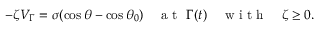
\begin{array} { r } { - \zeta V _ { \Gamma } = \sigma ( \cos \theta - \cos \theta _ { 0 } ) \quad \mathrm { ~ a ~ t ~ } \ \Gamma ( t ) \quad \mathrm { ~ w ~ i ~ t ~ h ~ } \quad \zeta \geq 0 . } \end{array}